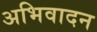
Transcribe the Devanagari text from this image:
अभिवादन